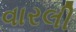
વારલી